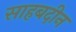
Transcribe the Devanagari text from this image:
साहबदीन